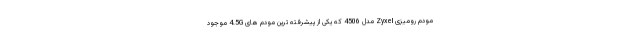
مودم رومیزی Zyxel مدل 4506 که یکی از پیشرفته ترین مودم های 4.5G موجود